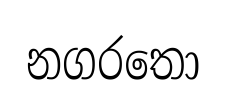
නගරතො